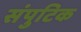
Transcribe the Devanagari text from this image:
संपुटिक